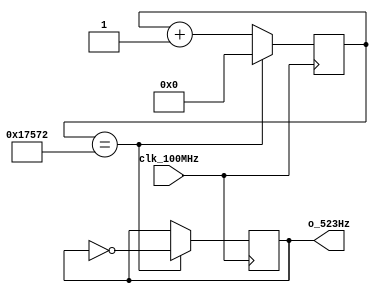
`timescale 1ns / 1ps
//////////////////////////////////////////////////////////////////////////////////
// Authored by David J. Marion aka FPGA Dude
// Created on 4/29/2022
// Using Vivado 2021.2
// Generating 523Hz signal for music tone 'cH'
//////////////////////////////////////////////////////////////////////////////////

module cH_523Hz(
    input clk_100MHz,
    output o_523Hz      // PMOD JB[0]
    );
    
    // 100MHz / 95,602 / 2 = 523.0016Hz
    reg r_523Hz;
    reg [16:0] r_counter = 0;
    
    always @(posedge clk_100MHz)
        if(r_counter == 17'd95_602) begin
            r_counter <= 0;
            r_523Hz <= ~r_523Hz;
            end
        else
            r_counter <= r_counter + 1;

    assign o_523Hz = r_523Hz;
    
endmodule